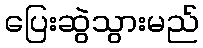
ပြေးဆွဲသွားမည်